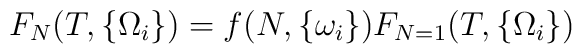
F_N (T,\{\Omega_i\}) = f(N,\{\omega_i\}) F_{N=1} (T,\{\Omega_i\})